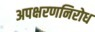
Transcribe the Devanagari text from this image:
अपक्षरणनिरोध